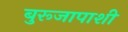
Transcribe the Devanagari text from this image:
बुरूजापाशी